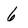
Character: 6